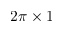
2 \pi \times 1